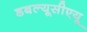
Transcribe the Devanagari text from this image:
डबल्यूसीएयू